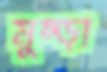
মুষ্‌ড়া